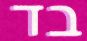
בד